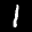
Label: 1